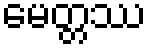
မေတ္တဿ